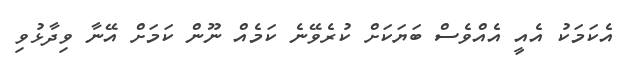
އެކަމަކު އެއީ އެއްވެސް ބަޔަކަށް ކުރެވޭނެ ކަމެއް ނޫން ކަމަށް އޭނާ ވިދާޅުވި